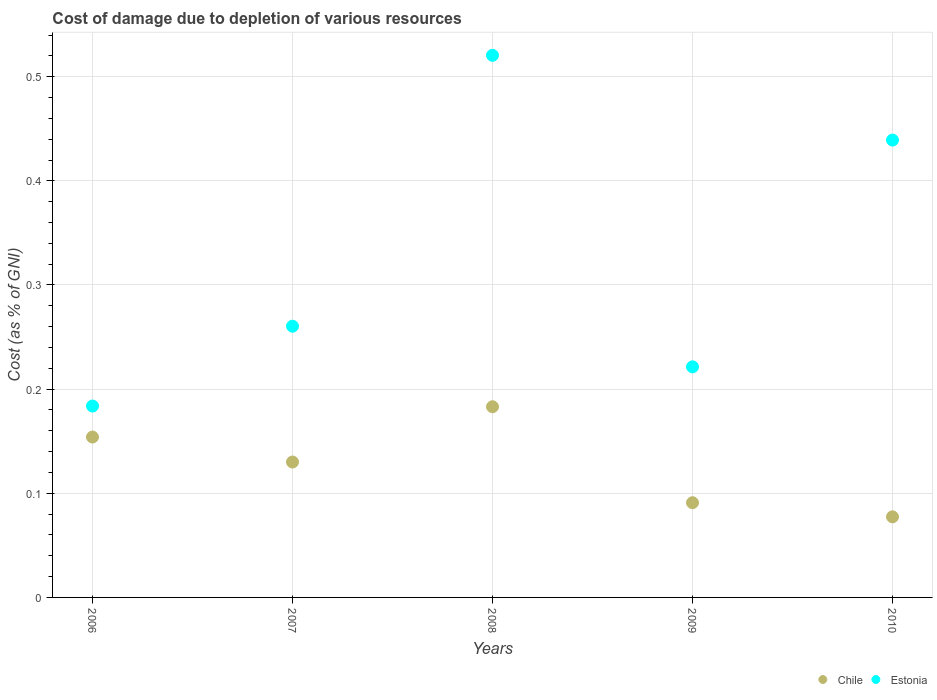
| Years | Chile | Estonia |
 | --- | --- | --- |
 | 2006 | 0.154 | 0.184 |
 | 2007 | 0.13 | 0.26 |
 | 2008 | 0.183 | 0.521 |
 | 2009 | 0.091 | 0.221 |
 | 2010 | 0.0774 | 0.439 |